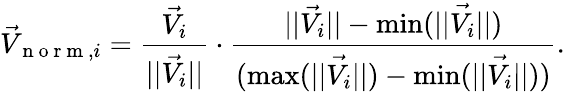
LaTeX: \vec{V}_{\mathrm{~n~o~r~m~},i}=\frac{\vec{V_{i}}}{||\vec{V_{i}}||}\cdot\frac{||\vec{V_{i}}||-\operatorname*{min}(\vec{||V_{i}||})}{(\operatorname*{max}(\vec{||V_{i}||})-\operatorname*{min}(\vec{||V_{i}||}))}.